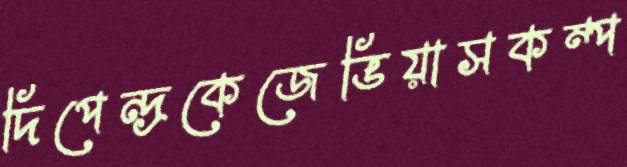
দিপেন্দ্রকেজেভিয়াসকম্প